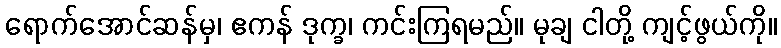
ရောက်အောင်ဆန်မှ၊ ဧကန် ဒုက္ခ၊ ကင်းကြရမည်။ မုချ ငါတို့ ကျင့်ဖွယ်ကို။